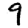
Digit: 9